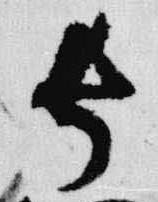
長